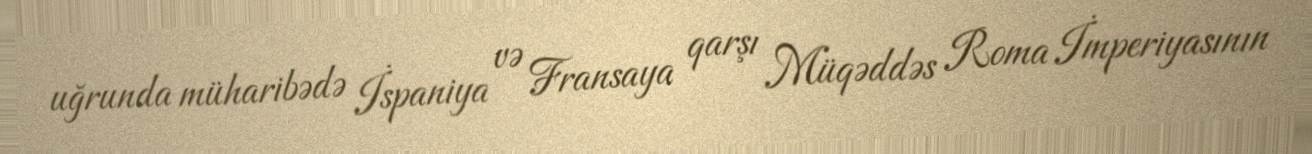
uğrunda müharibədə İspaniya və Fransaya qarşı Müqəddəs Roma İmperiyasının